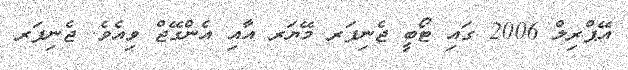
އޭޕްރިލް 2006 ގައި ޓޯބީ ޖެނިފަރ މޭޔަރ އާއި އެންގޭޖް ވިއެވެ. ޖެނިފަރ